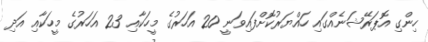
ހިންގި އޮޕަރޭޝަނެއްގައި ހައްޔަރުކޮށްފައިވަނީ 20 އަހަރުގެ މީހަކާއި 23 އަހަރުގެ މީހަކާއި އަދި